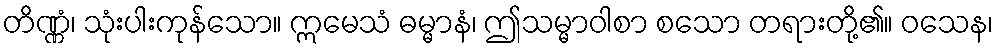
တိဏ္ဏံ၊ သုံးပါးကုန်သော။ ဣမေသံ ဓမ္မာနံ၊ ဤသမ္မာဝါစာ စသော တရားတို့၏။ ဝသေန၊